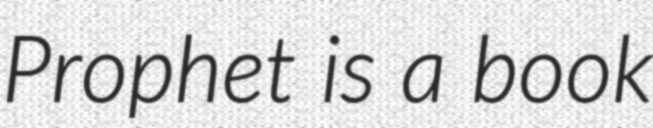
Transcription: Prophet is a book